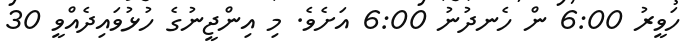
ހަވީރު 6:00 ން ހެނދުނު 6:00 އަށެވެ. މި އިންޖީނުގެ ހުޅުވައިދެއްވީ 30